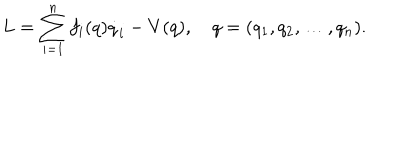
L = \sum _ { i = 1 } ^ { n } f _ { i } ( q ) \dot { q } _ { i } - V ( q ) , \quad q = ( q _ { 1 } , q _ { 2 } , \ldots , q _ { n } ) { . }